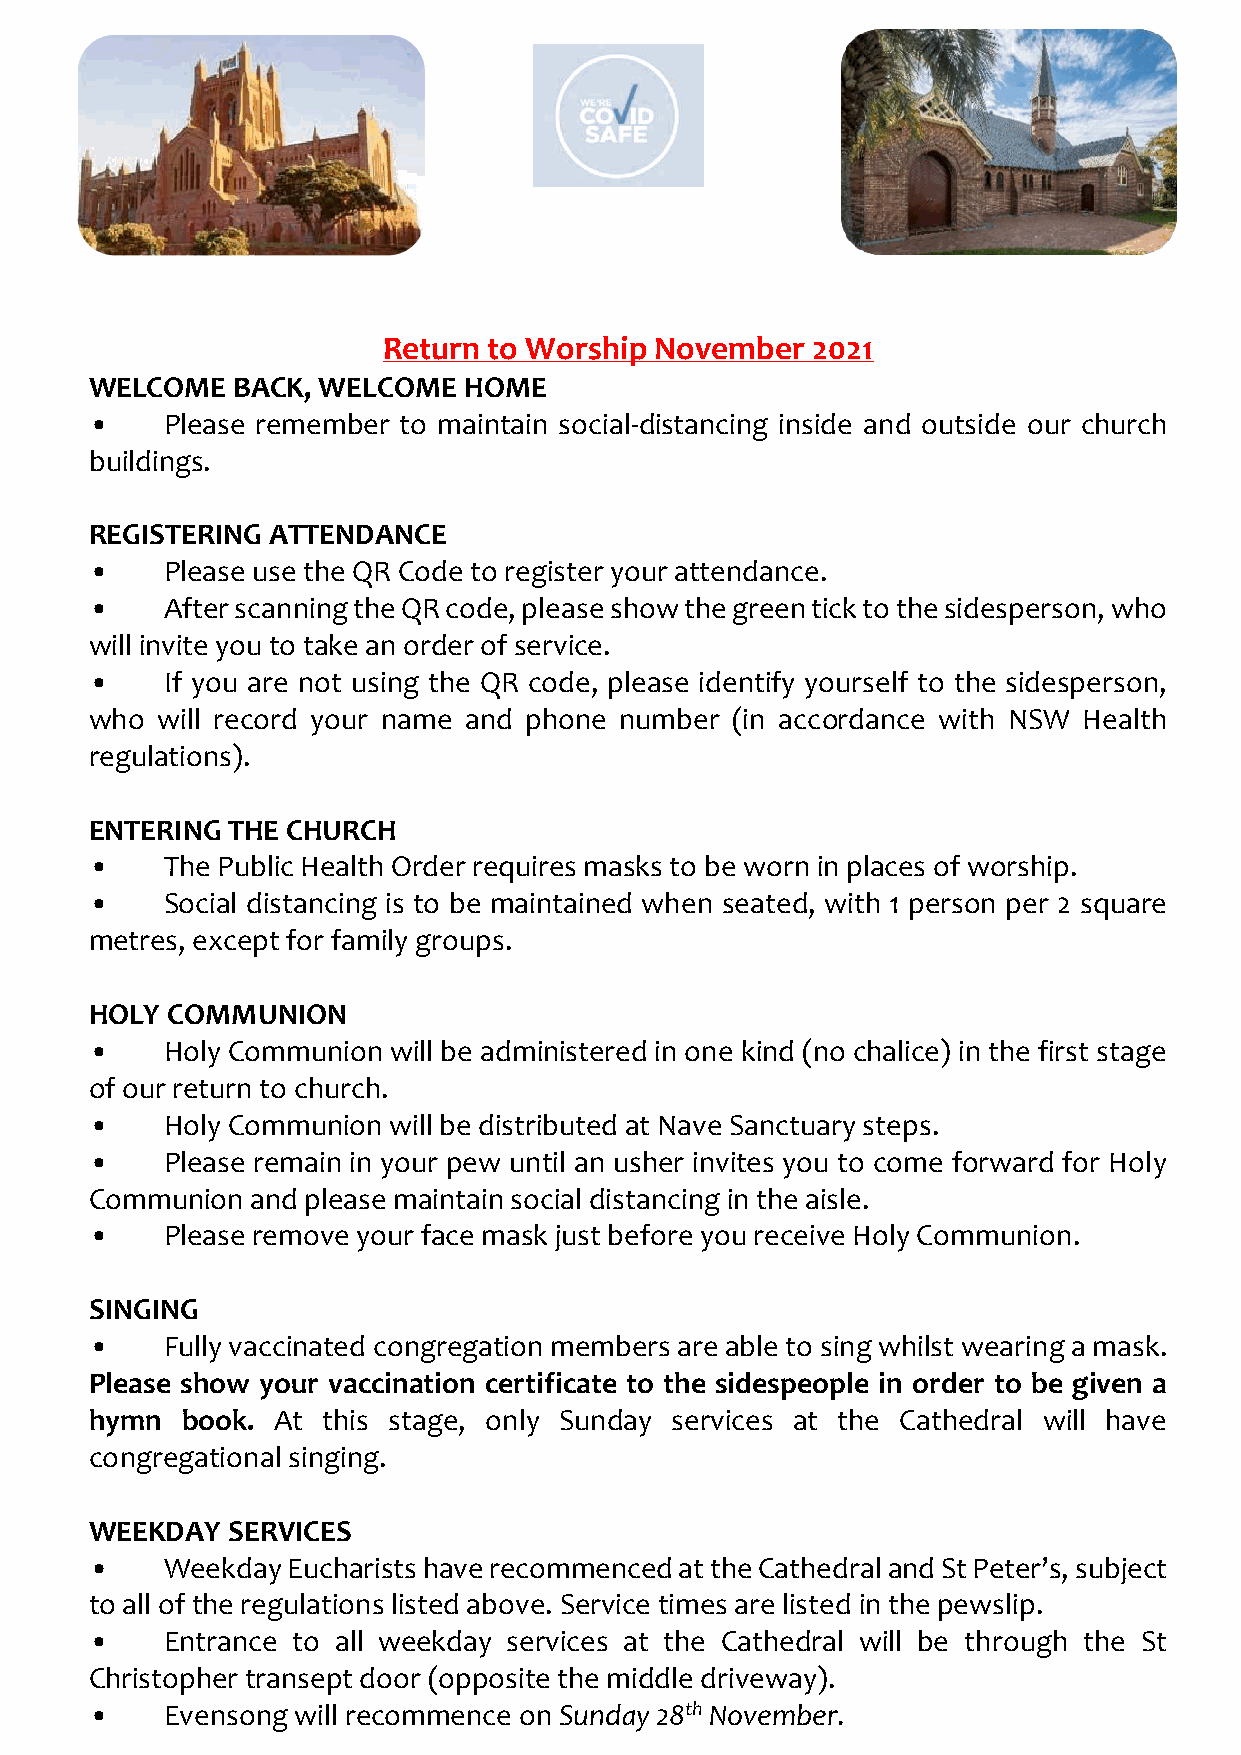
Return to Worship November   2021
 WELCOME  BACK, WELCOME   HOME
 •    Please remember to maintain social-distancing inside and outside our church
 buildings.
 REGISTERING ATTENDANCE
 •    Please use the QR Code to register your attendance.
 •    After scanning the QR code, please show the green tick to the sidesperson, who
 will invite you to take an order of service.
 •    If you are not using the QR code, please identify yourself to the sidesperson,
 who will record your name and phone number (in accordance with NSW Health
 regulations).
 ENTERING THE CHURCH
 •    The Public Health Order requires masks to be worn in places of worship.
 •    Social distancing is to be maintained when seated, with 1 person per 2 square
 metres, except for family groups.
 HOLY COMMUNION
 •    Holy Communion will be administered in one kind (no chalice) in the first stage
 of our return to church.
 •    Holy Communion will be distributed at Nave Sanctuary steps.
 •    Please remain in your pew until an usher invites you to come forward for Holy
 Communion  and please maintain social distancing in the aisle.
 •    Please remove your face mask just before you receive Holy Communion.
 SINGING
 •    Fully vaccinated congregation members are able to sing whilst wearing a mask.
 Please show your vaccination certificate to the sidespeople in order to be given a
 hymn  book. At this stage, only Sunday services at the Cathedral will have
 congregational singing.
 WEEKDAY  SERVICES
 •    Weekday Eucharists have recommenced at the Cathedral and St Peter’s, subject
 to all of the regulations listed above. Service times are listed in the pewslip.
 •    Entrance to all weekday services at the Cathedral will be through the St
 Christopher transept door (opposite the middle driveway).
 •    Evensong will recommence on Sunday 28th November.